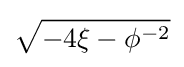
{\sqrt {-4\xi -\phi ^{-2}}}